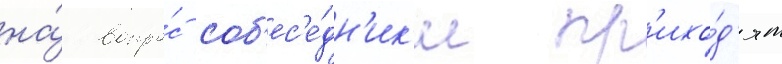
на́ вопро́с соб'ес'е́дн'ик'и пр'ихо́д'ят